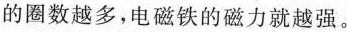
的圈数越多，电磁铁的磁力就越强。